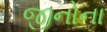
જીનોના